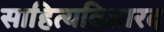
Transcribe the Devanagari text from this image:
साहित्यविशारद